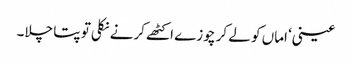
عینی‘ اماں کو لے کر چوزے اکٹھے کرنے نکلی تو پتا چلا۔